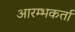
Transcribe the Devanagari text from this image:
आरम्भकर्ता